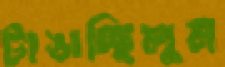
টাঙাচ্ছিলুম